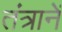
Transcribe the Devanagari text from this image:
तंत्रानें